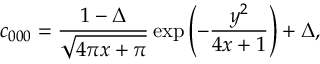
c _ { 0 0 0 } = \frac { 1 - \Delta } { \sqrt { 4 \pi x + \pi } } \exp \left( - \frac { y ^ { 2 } } { 4 x + 1 } \right) + \Delta ,